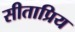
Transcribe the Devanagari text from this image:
सीताप्रिय